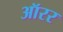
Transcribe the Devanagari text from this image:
ऑरर